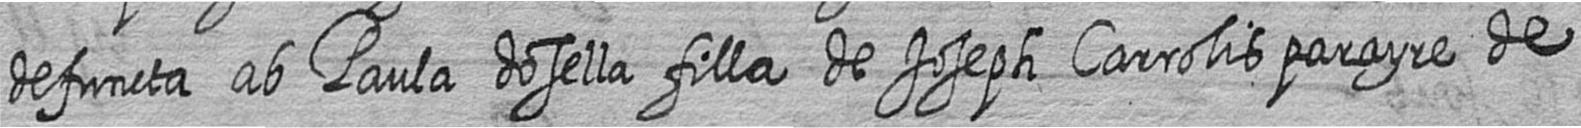
defuncta ab Paula dosella filla de Joseph Carrolis parayre de